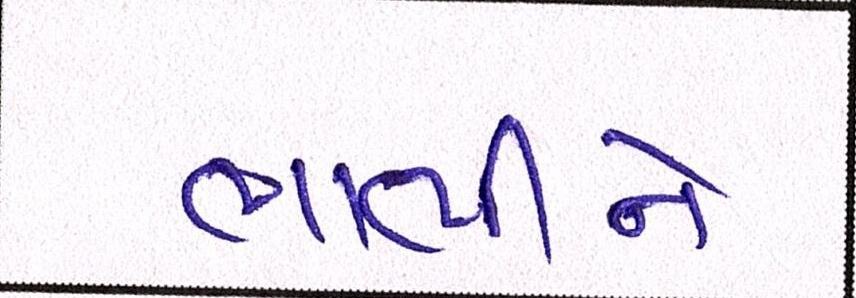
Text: ભાભીને